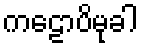
ကဠောပိမုခါ